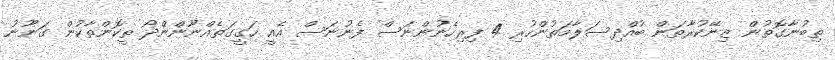
ތިބުނާގޮތުން ޒިނޭކުރާތަން ބުއްދިސަލާމަތުންހުރި 4 ފިރިހެނުންނަސް ފެނުނަސް އެއީ ހަގީގަތެއްނޫންންދޯ ތީކޮންތާކުން ގަނޫނު